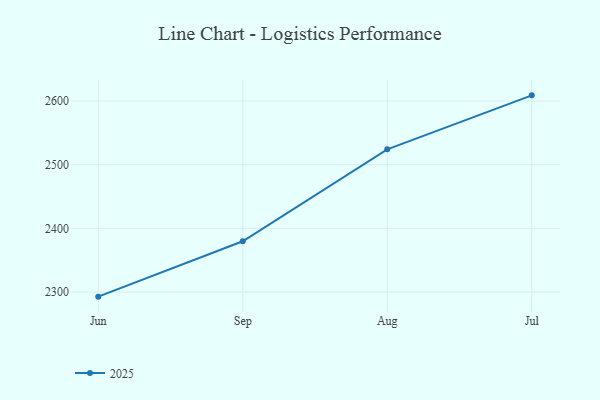
{"axis": {"x": "Month", "y": "Satisfaction Score"}, "legend": ["2025"], "data": [{"x": "Jun", "y": 2292.8, "type": "2025"}, {"x": "Sep", "y": 2379.7, "type": "2025"}, {"x": "Aug", "y": 2524.1, "type": "2025"}, {"x": "Jul", "y": 2608.8, "type": "2025"}]}